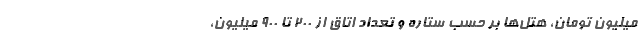
میلیون تومان، هتل‌ها بر حسب ستاره و تعداد اتاق از ۲۰۰ تا ۹۰۰ میلیون،